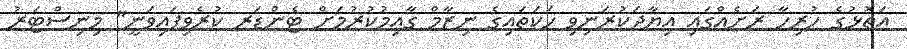
އަތޮޅުގެ ހުރިހާ ރަށެއްގައި އިޔާދަކުރަނިވި ހަކަތައިގެ ނިޒާމް ގާއިމުކުރުމަށް ޓެންޑަރ ކުރެވިފައިވަނީ" މިނިސްޓަރު